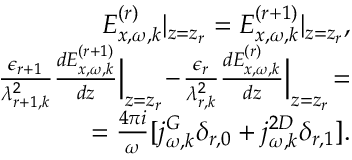
\begin{array} { r } { E _ { x , \omega , k } ^ { ( r ) } | _ { z = z _ { r } } = E _ { x , \omega , k } ^ { ( r + 1 ) } | _ { z = z _ { r } } , } \\ { \frac { \epsilon _ { r + 1 } } { \lambda _ { r + 1 , k } ^ { 2 } } \frac { d E _ { x , \omega , k } ^ { ( r + 1 ) } } { d z } \Big | _ { z = z _ { r } } \! - \! \frac { \epsilon _ { r } } { \lambda _ { r , k } ^ { 2 } } \frac { d E _ { x , \omega , k } ^ { ( r ) } } { d z } \Big | _ { z = z _ { r } } \! = } \\ { = \frac { 4 \pi i } { \omega } [ j _ { \omega , k } ^ { G } \delta _ { r , 0 } + j _ { \omega , k } ^ { 2 D } \delta _ { r , 1 } ] . } \end{array}